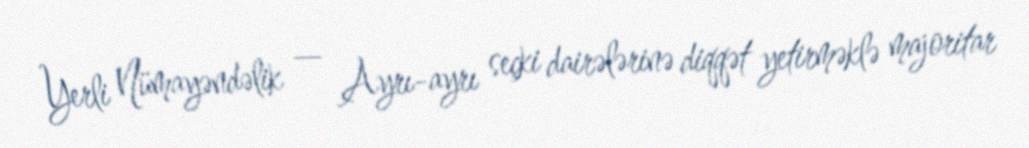
Yerli Nümayəndəlik — Ayrı-ayrı seçki dairələrinə diqqət yetirməklə majoritar